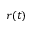
r ( t )